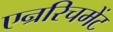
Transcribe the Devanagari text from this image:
एन्ररिचमेंट